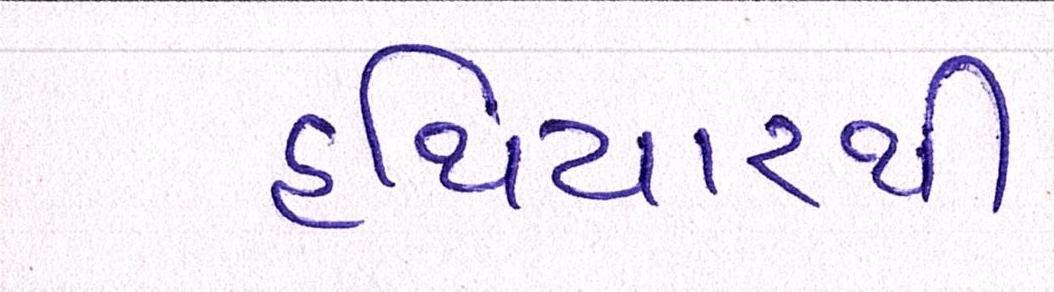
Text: હથિયારથી